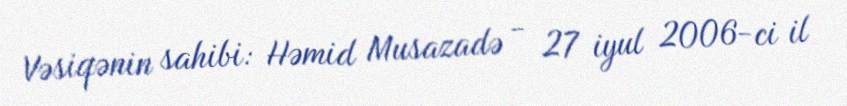
Vəsiqənin sahibi: Həmid Musazadə - 27 iyul 2006-ci il